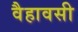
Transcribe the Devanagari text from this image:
वैहावसी